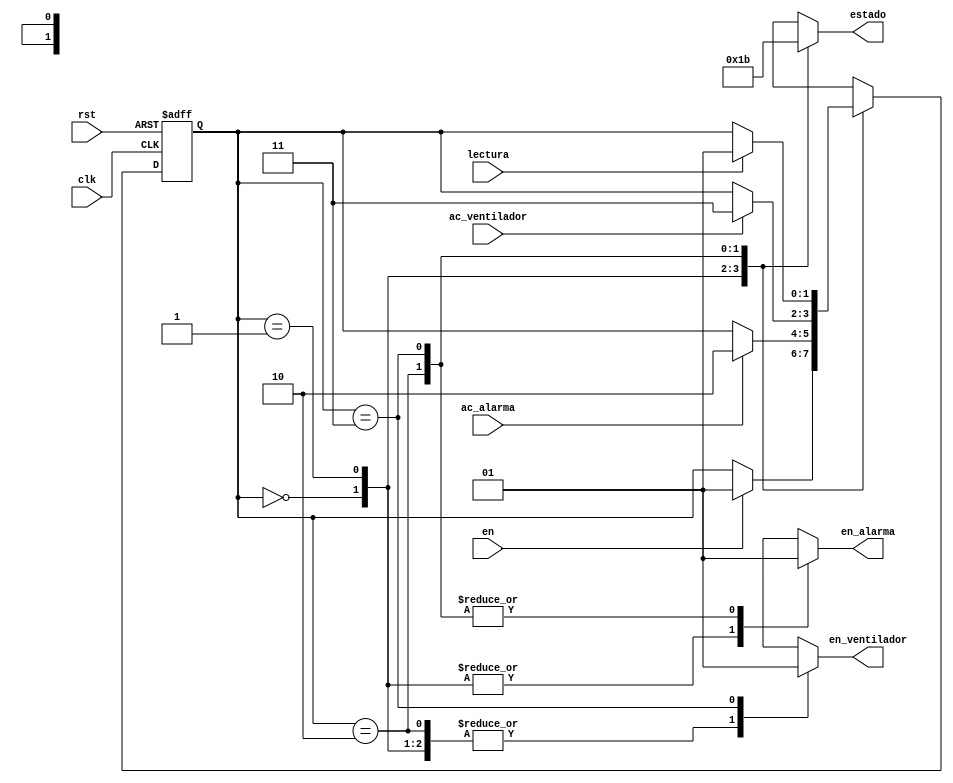
`timescale 1ns / 1ps
//////////////////////////////////////////////////////////////////////////////////
// Company: 
// Engineer: 
// 
// Design Name: 
// Module Name:    fsm 
// Project Name: 
// Target Devices: 
// Tool versions: 
// Description: 
//
// Dependencies: 
//
// Revision: 
// Revision 0.01 - File Created
// Additional Comments: 
//
//////////////////////////////////////////////////////////////////////////////////
module fsm(
	input wire clk, rst,
	input wire en, ac_ventilador, ac_alarma, lectura,  // Seales de activacin que provienen del comparador
	output reg en_alarma, en_ventilador,   // Seales enable provenientes de la mquina de estados
	output reg [1:0] estado);   

localparam[1:0] s0=2'b00,    // Definicin de los estados
					 s1=2'b01,
					 s2=2'b10,
					 s3=2'b11;

reg[1:0] state_reg, state_next; // Estado actual (reg) y estado siguiente               

always @ (posedge clk, posedge rst)
	if (rst)
	state_reg <= s0;              // cuando hay una seal de reset el estado actual es sO 'b00
	else
	state_reg <= state_next;      // al estado siguiente le asigno el siguiente 
 

//Logica de transicion de estados	

always @*
	begin
		state_next = state_reg;  
		
		case(state_reg)
			s0: if (en)
					state_next = s1;
			s1: if (ac_alarma)       // Cuando recibe la seal de activacin de la alarma el estado siguiente pasa a ser s2
					state_next = s2;  
			s2: if (ac_ventilador)
					state_next = s3;
			s3: if (lectura)           // Si la lectura est habilitada el estado siguiente es s1
					state_next = s1;
		endcase 
end

//Logica de Salidas
always@* 
	case(state_reg)
	s0:                                  // En este estado el enable de la alarma y del ventilador est apagado y el estado es 0
		begin
		en_alarma = 1'b0;
		en_ventilador = 1'b0;
		estado = 2'd0;
		end
	s1:
		begin                                // En este estado la alarma y el ventilador estn apagados y es el estado 1
		en_alarma = 1'b0;
		en_ventilador = 1'b0;
		estado = 2'd1;
		end
	s2:
		begin
		en_alarma = 1'b1;              // En este estado la seal de enable de la alama se enciende
		en_ventilador = 1'b0;          // Seal de enable del ventilador apagada
		estado = 2'd2;                 // Estado 2 decimal
		end
	s3:
		begin
		en_alarma = 1'b1;          // En este estado la seal de enable de la alama se enciende
		en_ventilador = 1'b1;      // Seal de enable del ventilador se enciende
		estado = 2'd3;             // Estado 3 decimal
		end
		
	endcase
		

endmodule